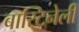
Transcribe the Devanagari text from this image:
बास्टिनेली